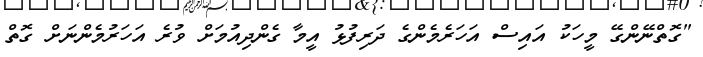
"ގޮތްނޭންގޭ މީހަކު އައިސް އަހަރެމެންގެ ދަރިފުޅު އީމާ ގެންދިއުމަށް ވުރެ އަހަރުމެންނަށް ގޮތް